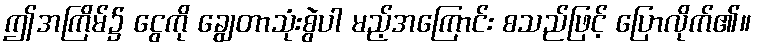
ဤအကြိမ်၌ ငွေကို ချွေတာသုံးစွဲပါ မည့်အကြောင်း စသည်ဖြင့် ပြောလိုက်၏။